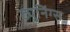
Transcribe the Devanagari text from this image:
ट्युनिंग्स